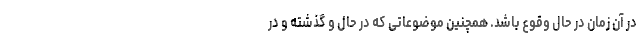
در آن زمان در حال وقوع باشد. همچنین موضوعاتی که در حال و گذشته و در